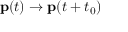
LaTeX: \mathbf { p } ( t ) \rightarrow \mathbf { p } ( t + t _ { 0 } )